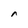
Character: r